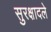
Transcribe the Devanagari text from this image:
सुरक्षादले